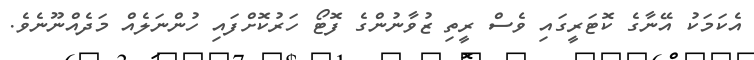
އެކަމަކު އޭނާގެ ކޮޓަރީގައި ވެސް ރީތި ޒުވާނުންގެ ފޮޓޯ ހަރުކޮށްފައި ހުންނަލެއް މަދެއްނޫނެވެ.